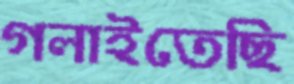
গলাইতেছি